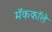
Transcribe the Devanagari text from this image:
मॅककॉले